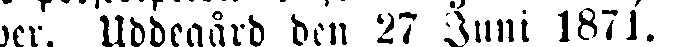
per. Uddegård den 27 Juni 1871.